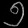
Digit: ၅